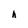
Character: h